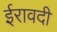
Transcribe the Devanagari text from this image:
ईरावदी